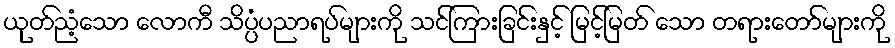
ယုတ်ညံ့သော လောကီ သိပ္ပံပညာရပ်များကို သင်ကြားခြင်းနှင့် မြင့်မြတ် သော တရားတော်များကို